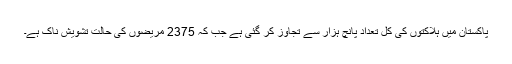
پاکستان میں ہلاکتوں کی کل تعداد پانچ ہزار سے تجاوز کر گئی ہے جب کہ 2375 مریضوں کی حالت تشویش ناک ہے۔